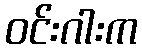
ဝင်းဂါးက